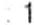
: 1